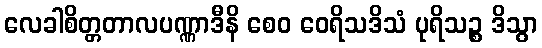
လေခါစိတ္တတာလပဏ္ဏာဒီနိ စေဝ ဝေရိသဒိသံ ပုရိသဉ္စ ဒိသွာ